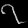
Digit: ၇